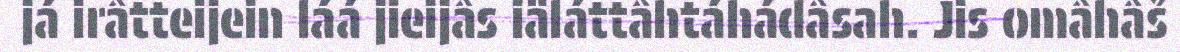
já irâtteijein láá jieijâs iäláttâhtáhádâsah. Jis omâhâš